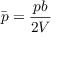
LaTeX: { \bar { p } } = { \frac { p b } { 2 V } }